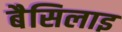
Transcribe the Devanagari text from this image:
बैसिलाइ